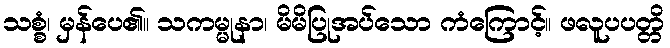
သစ္စံ၊ မှန်ပေ၏။ သကမ္မုနာ၊ မိမိပြုအပ်သော ကံကြောင့်။ ဖလူပပတ္တိ